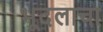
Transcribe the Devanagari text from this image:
भूदलाचा